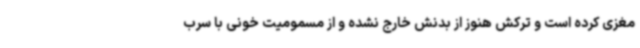
مغزی کرده است و ترکش هنوز از بدنش خارج نشده و از مسمومیت خونی با سرب